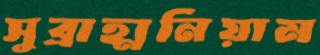
সুব্রাহ্মনিয়াম